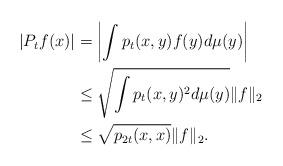
LaTeX: \begin{align*}|P_tf(x)|&=\left| \int p_t(x,y)f(y)d\mu(y) \right| \\ &\le \sqrt{ \int p_t(x,y)^2 d\mu(y) } \|f \|_2 \\ & \le \sqrt{p_{2t}(x,x)} \|f \|_2.\end{align*}